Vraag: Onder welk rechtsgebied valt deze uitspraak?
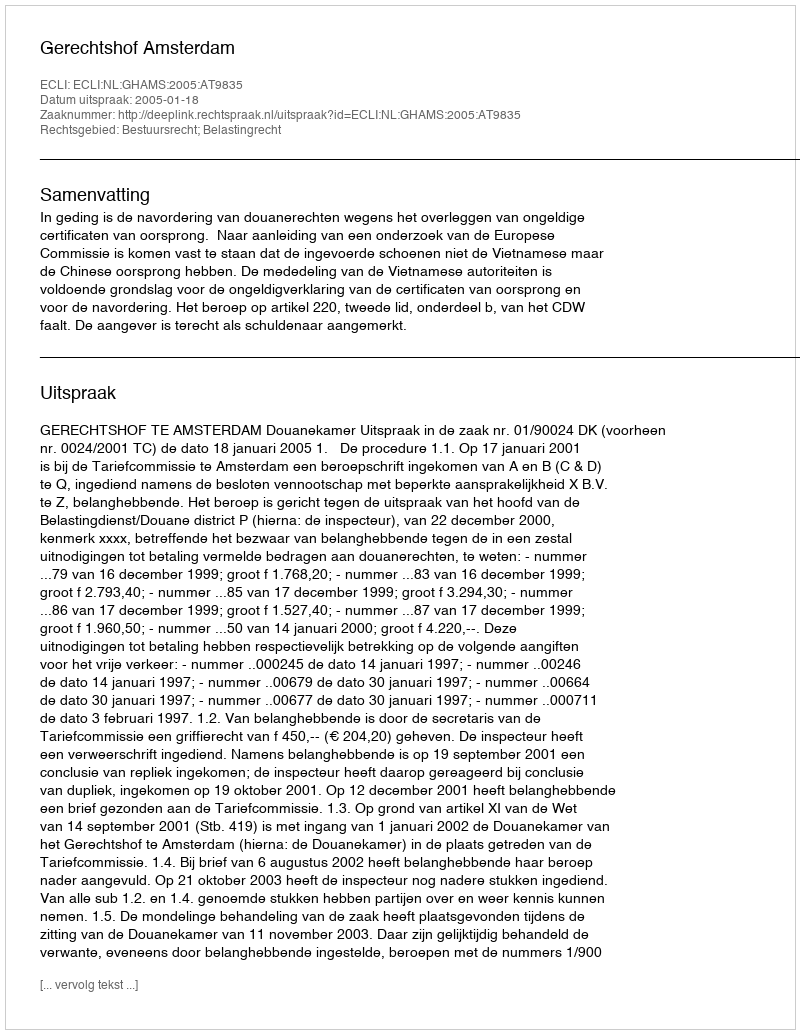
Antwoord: Bestuursrecht; Belastingrecht